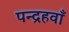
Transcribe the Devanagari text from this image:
पन्द्रहवाँ